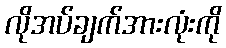
လိုအပ်ချက်အားလုံးကို